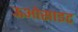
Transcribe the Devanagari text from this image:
ऊओसाइट